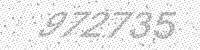
Solution: 972735